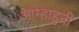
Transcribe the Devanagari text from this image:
आम्हाहुनी